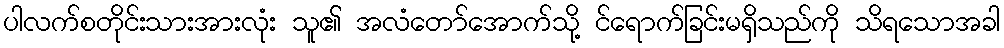
ပါလက်စတိုင်းသားအားလုံး သူ၏ အလံတော်အောက်သို့ င်ရောက်ခြင်းမရှိသည်ကို သိရသောအခါ